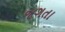
જગતા